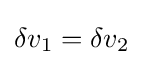
\delta v_{1}=\delta v_{2}